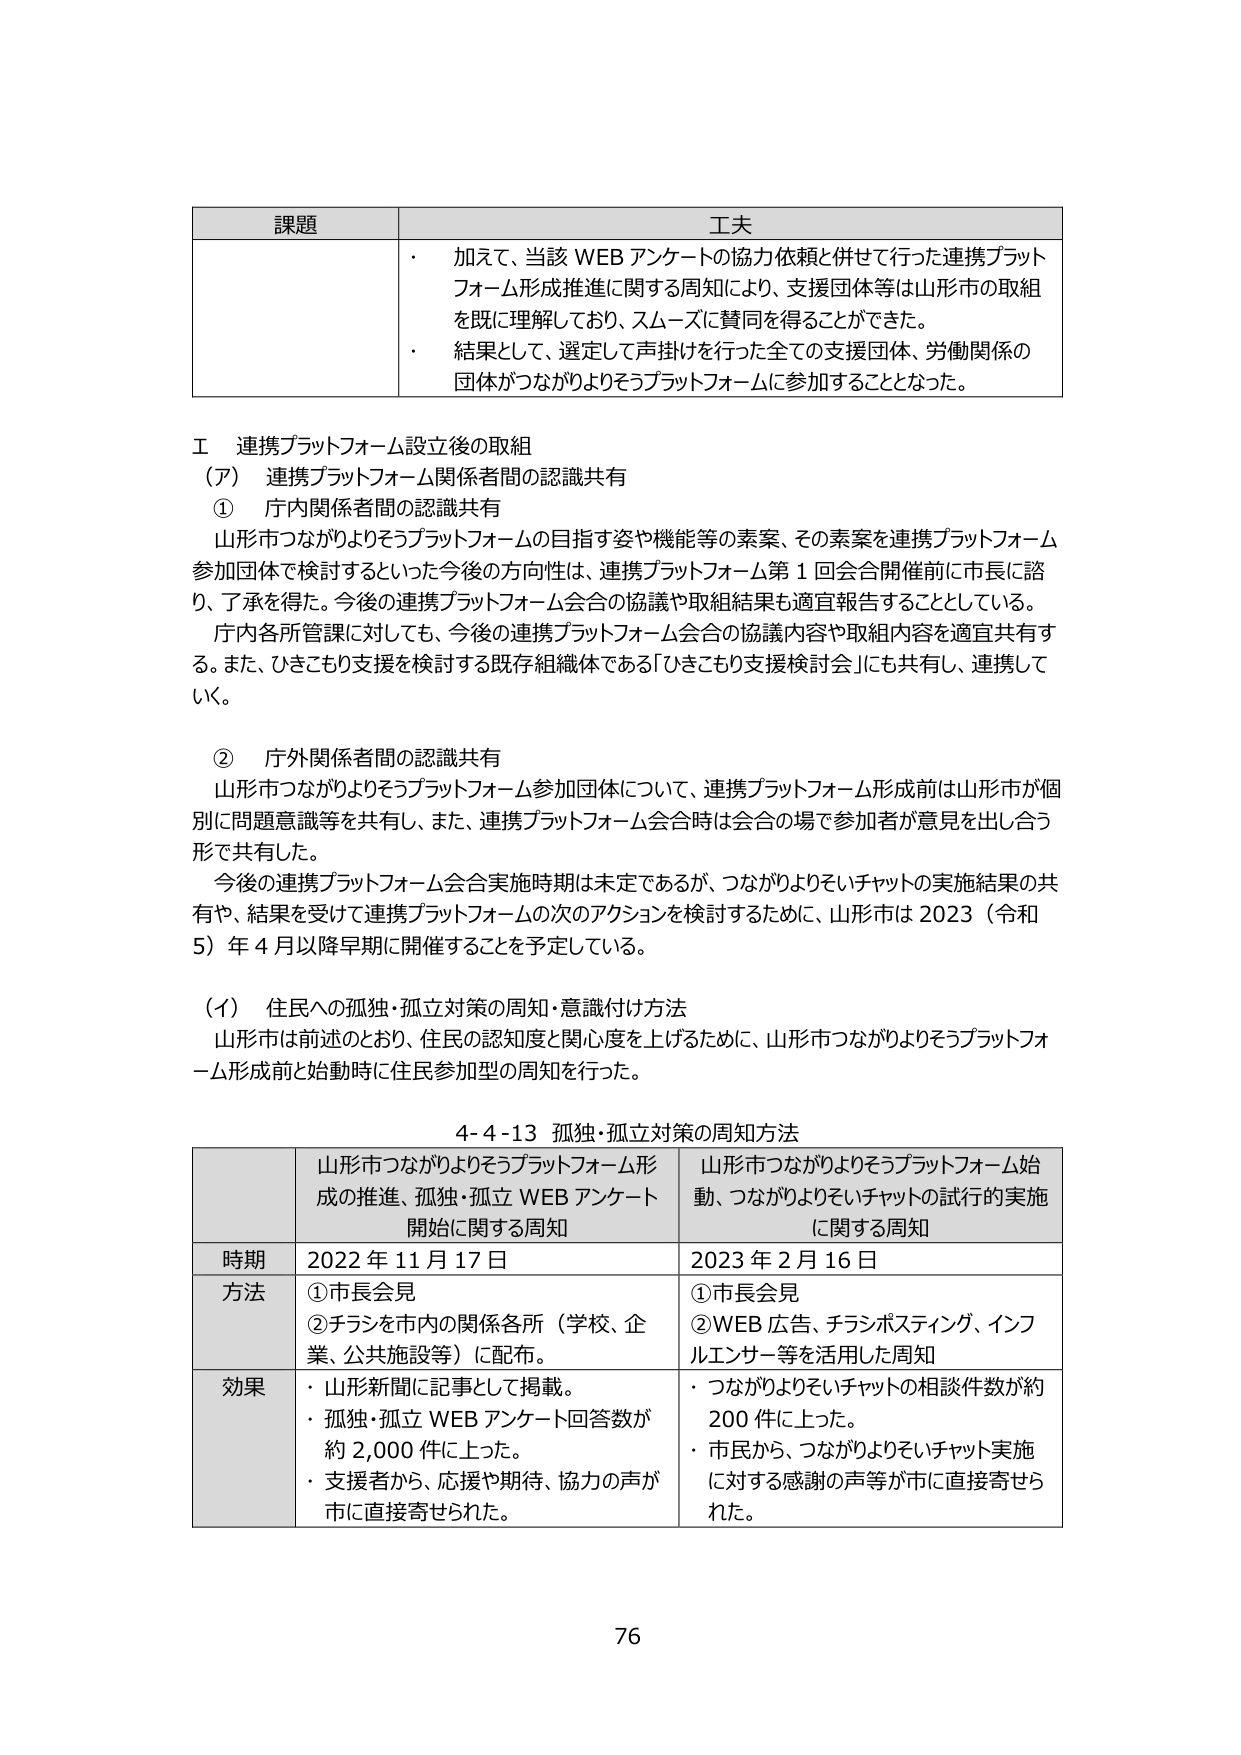
課題 工夫
・ 加えて、当該 WEB アンケートの協力依頼と併せて行った連携プラットフォーム形成推進に関する周知により、支援団体等は山形市の取組を既に理解しており、スムーズに賛同を得ることができた。
・ 結果として、選定して声掛けを行った全ての支援団体、労働関係の団体がつながりよろずプラットフォームに参加することとなった。

Ⅰ 連携プラットフォーム設立後の取組
（ア） 連携プラットフォーム関係者間の認識共有
① 庁内関係者間の認識共有
山形市つながりよろずプラットフォームの目指す姿や機能等の素案、その素案を連携プラットフォーム参加団体で検討するといった今後の方向性は、連携プラットフォーム第１回会合開催前に市長に諮り、了承を得た。今後の連携プラットフォーム会合の協議や取組結果は適宜報告することとしている。
庁内各所管課に対しても、今後の連携プラットフォーム会合の協議内容や取組内容を適宜共有する。また、ひきこもり支援を検討する既存組織体である「ひきこもり支援検討会」にも共有し、連携していく。

② 庁外関係者間の認識共有
山形市つながりよろずプラットフォーム参加団体について、連携プラットフォーム形成前は山形市が個別に問題意識等を共有し、また、連携プラットフォーム会合時は会合の場で参加者が意見を出し合う形で共有した。
今後の連携プラットフォーム会合実施時期は未定であるが、つながりよろずいチャットの実施結果の共有や、結果を受けて連携プラットフォームの次のアクションを検討するために、山形市は2023（令和5）年4月以降早期に開催することを予定している。

（イ） 住民への孤独・孤立対策の周知・意識付け方法
山形市は前述のとおり、住民の認知度と関心度を上げるために、山形市つながりよろずプラットフォーム形成前と始動時に住民参加型の周知を行った。

4-4-13 孤独・孤立対策の周知方法
山形市つながりよろずプラットフォーム形成の推進、孤独・孤立 WEB アンケート開始に関する周知 山形市つながりよろずプラットフォーム始動、つながりよろずいチャットの試行の実施に関する周知
時期 2022年11月17日 2023年2月16日
方法 ①市長会見 ②チラシを市内の関係各所（学校、企業、公共施設等）に配布。 ①市長会見 ②WEB広告、チラシポスティング、インフルエンサー等を活用した周知
効果 ・ 山形新聞に記事として掲載。 ・ 孤独・孤立 WEB アンケート回答数が約2,000件に上った。 ・ 支援者から、応援や期待、協力の声が市に直接寄せられた。 ・ つながりよろずいチャットの相談件数が約200件に上った。 ・ 市民から、つながりよろずいチャット実施に対する感謝の声等が市に直接寄せられた。

76